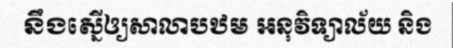
នឹងស្នើឲ្យសាលាបឋម អនុវិទ្យាល័យ និង